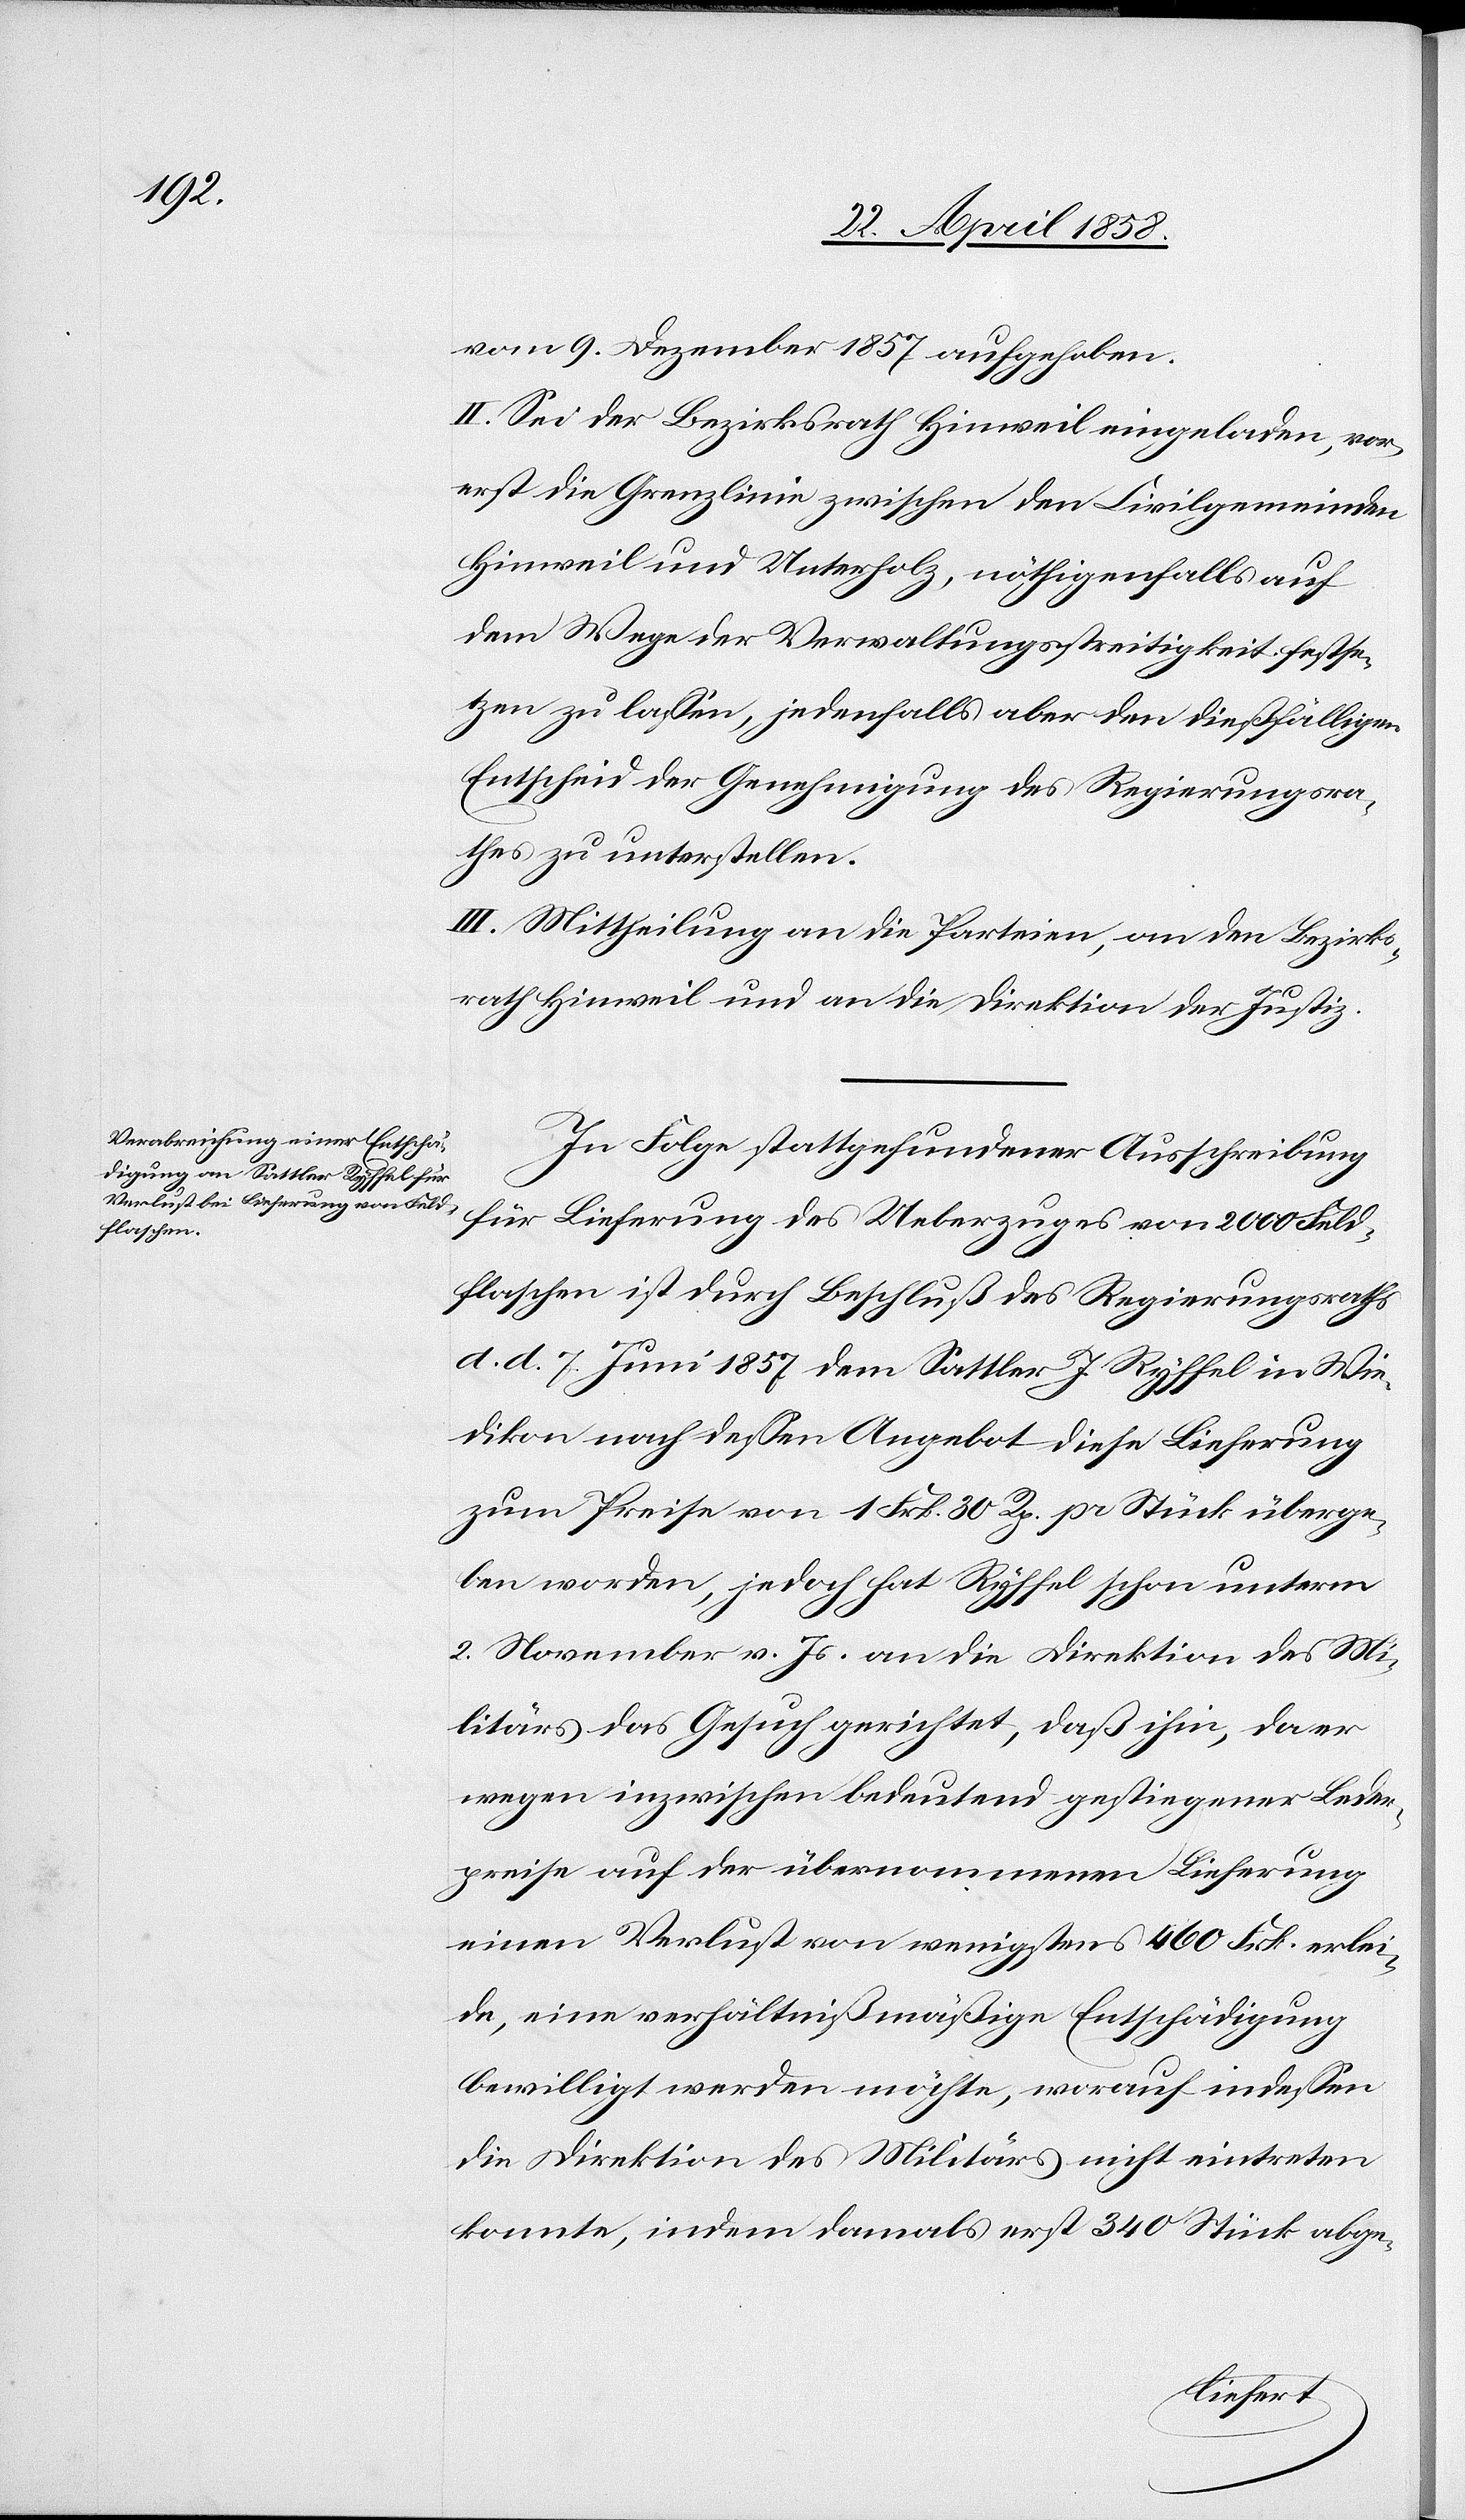
vom 9. Dezember 1857 aufgehoben.
II. Sei der Bezirksrath Hinweil eingeladen, vor¬
erst die Grenzlinie zwischen den Civilgemeinden
Hinweil und Unterholz, nöthigenfalls auf
dem Wege der Verwaltungsstreitigkeit festse¬
tzen zu lassen, jedenfalls aber den dießfälligen
Entscheid der Genehmigung des Regierungsra¬
thes zu unterstellen.
III. Mittheilung an die Parteien, an den Bezirks¬
rath Hinweil und an die Direktion der Justiz.
In Folge stattgefundener Ausschreibung
für Lieferung des Ueberzuges von 2000 Feld¬
flaschen ist durch Beschluß des Regierungsraths
d. d. 7. Juni 1857 dem Sattler J. Ryffel in Wie¬
dikon nach dessen Angebot diese Lieferung
zum Preise von 1 Frk. 30 Rp. pr. Stück überge¬
ben worden, jedoch hat Ryffel schon unterm
2. November v. Js. an die Direktion des Mi¬
litärs das Gesuch gerichtet, daß ihm, da er
wegen inzwischen bedeutend gestiegener Leder¬
preise auf der übernommenen Lieferung
einen Verlust von wenigstens 460 Frk. erlei¬
de, eine verhältnißmäßige Entschädigung
bewilligt werden möchte, worauf indessen
die Direktion des Militärs nicht eintreten
konnte, indem damals erst 340 Stück abge-